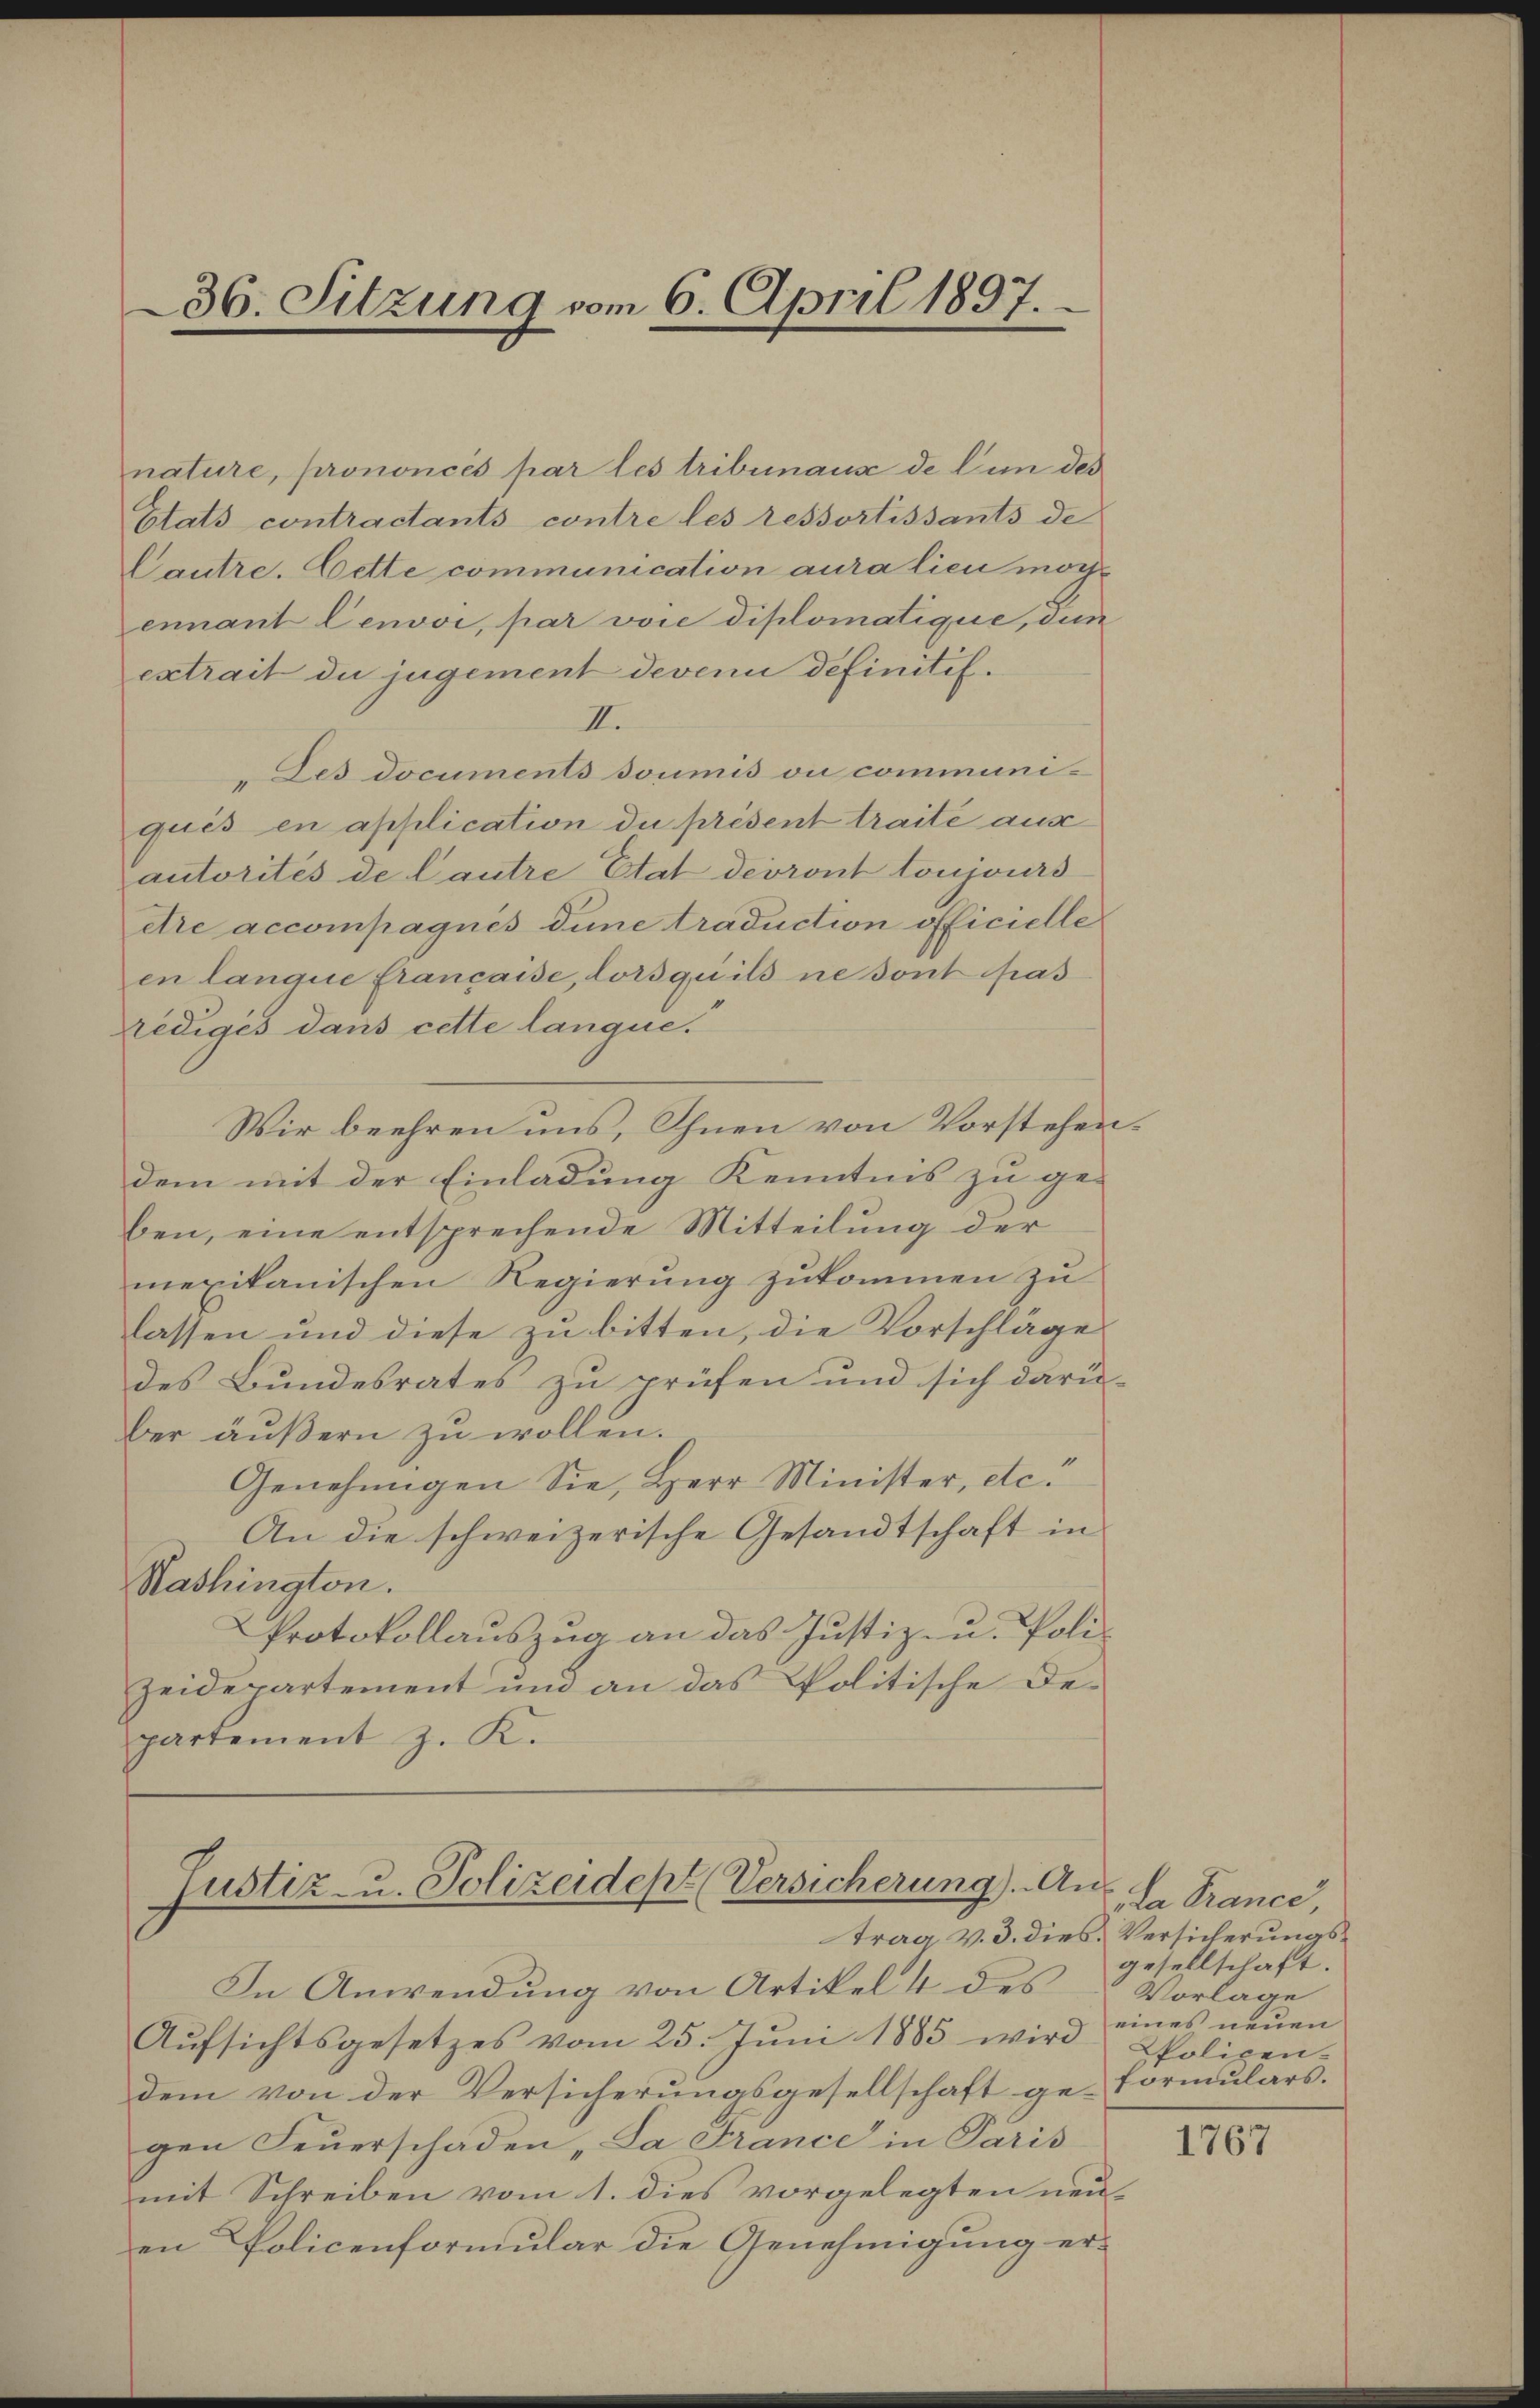
36. Sitzung vom 6. April 1897.

nature, prononcés par les tribunause de l’un des
Etats contractants contre les ressortissants de
Cautre. Cette communication aura lieu möchennant lenvoi, par vore diplomatique, den
extrait du jugement devenu definitif.
II.
Des Documents soumis ou communiqués en application du présent traite aus
autorités de Cautre Etat devront toujours
etre accompagnes dune traduction officielle
en langue Francaise, lorsqu’ils ne sont pas
rediges dans cette langue.
Wir beehren uns, Ihnen von Vorstehendem mit der Einladung Kenntnis zu ge-
ben, eine entsprechende Mitteilung der
mexikanischen Regierung zukommen zu
lassen und diese zu bitten, die Vorschläge
des Bundesrates zu prüfen und sich darü-
ber äußern zu wollen.
Genehmigen Sie, Herr Minister, etc.
An die schweizerische Gesandtschaft in
Washington.
Protokollauszug an das Justiz- u. Polizeidepartement und an das Politische Departement z. K.

Justiz- u. Polizeidept (Versicherung). An
trag v. 3. dies Versicherungs¬

In Anwendung von Artikel 4 des
Aŭfsichtsgesetzes vom 25. Jŭni 1885 wird Polizen-
dem von der Versicherungsgesellschaft ge-Formulars.
gen Feuerschaden „Sa France in Paris
mit Schreiben vom 1. dies vorgelegten neuen Policenformular die Genehmigung er-

da France,
gesellschaft.
Vorlage
eines neuen

1767